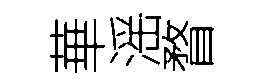
華滛瞀